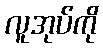
လူအုပ်ကို